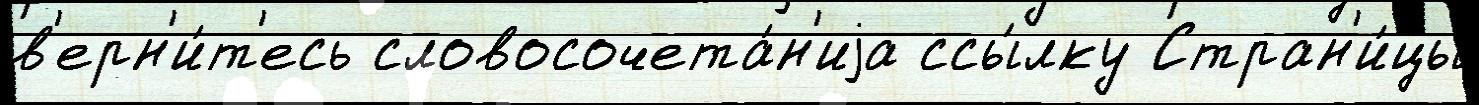
в'ерн'и́т'есь словосочета́н'иjа ссы́лку Стран'и́цы